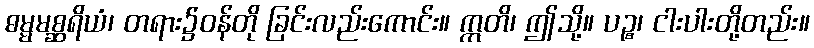
ဓမ္မမစ္ဆရိယံ၊ တရား၌ဝန်တို ခြင်းလည်းကောင်း။ ဣတိ၊ ဤသို့။ ပဉ္စ၊ ငါးပါးတို့တည်း။